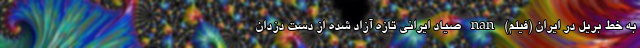
به خط بریل در ایران (فیلم) nan صیاد ایرانی تازه آزاد شده از دست دزدان